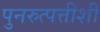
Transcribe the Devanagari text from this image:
पुनरुत्पत्तीशी